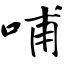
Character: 哺